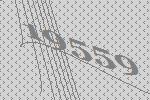
19559